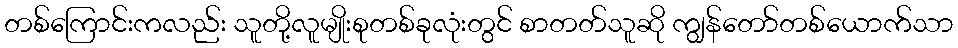
တစ်ကြောင်းကလည်း သူတို့လူမျိုးစုတစ်ခုလုံးတွင် စာတတ်သူဆို ကျွန်တော်တစ်ယောက်သာ